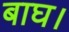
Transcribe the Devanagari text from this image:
बाघ।